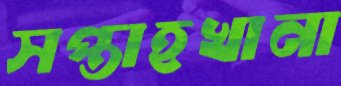
সপ্তাহখানা